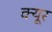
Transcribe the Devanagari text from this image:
क्यूर